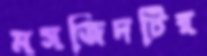
মসজিদটির